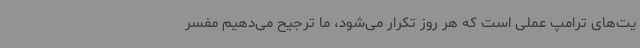
یت‌های ترامپ عملی است که هر روز تکرار می‌شود، ما ترجیح می‌دهیم مفسر